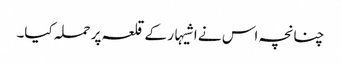
چنانچہ اس نے اشیہار کے قلعہ پر حملہ کیا۔